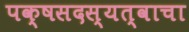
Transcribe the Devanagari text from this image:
पक्षसदस्यत्वाचा